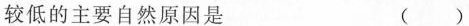
较低的主要自然原因是 ( )